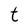
Character: t